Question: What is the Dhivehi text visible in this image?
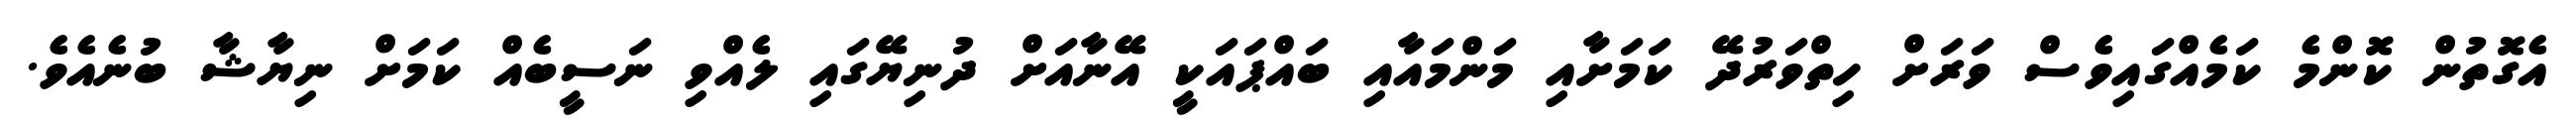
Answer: އެގޮތުން ކޮންމެ ކަމެއްގައިވެސް ވަރަށް ހިތްވަރުދޭ ކަމަށާއި މަންމައާއި ބައްޕައަކީ އޭނާއަށް ދުނިޔޭގައި ލެއްވި ނަސީބެއް ކަމަށް ނިޔާޝާ ބުނެއެވެ.